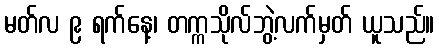
မတ်လ ၉ ရက်နေ့၊ တက္ကသိုလ်ဘွဲ့လက်မှတ် ယူသည်။